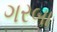
ગરબા